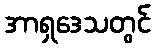
အာရှဒေသတွင်